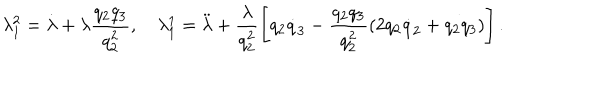
LaTeX: \lambda _ { 1 } ^ { 2 } = \dot { \lambda } + \lambda \frac { q _ { 2 } q _ { 3 } } { q _ { 2 } ^ { 2 } } , ~ \lambda _ { 1 } ^ { 1 } = \ddot { \lambda } + \frac { \lambda } { q _ { 2 } ^ { 2 } } \left[ q _ { 2 } { \dot { q } } _ { 3 } - \frac { q _ { 2 } q _ { 3 } } { q _ { 2 } ^ { 2 } } ( 2 q _ { 2 } { \dot { q } } _ { 2 } + q _ { 2 } q _ { 3 } ) \right] .